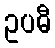
ဥပဓီ